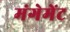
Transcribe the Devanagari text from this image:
मंगेमेंट